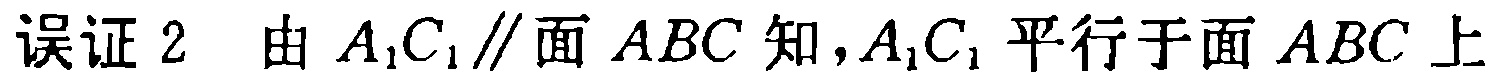
误证 2  由 \(A_{1}C_{1}\parallel\)面 \(ABC\)知，\(A_{1}C_{1}\)平行于面 \(ABC\)上